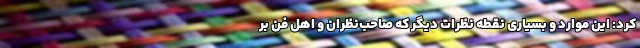
کرد: این موارد و بسیاری نقطه نظرات دیگر که صاحب‌نظران و اهل فن بر